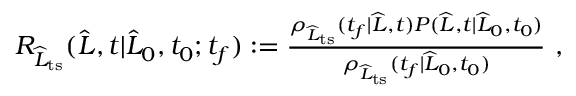
\begin{array} { r } { R _ { \widehat { L } _ { \mathrm { t s } } } ( \widehat { L } , t | \widehat { L } _ { 0 } , t _ { 0 } ; t _ { f } ) : = \frac { \rho _ { \widehat { L } _ { \mathrm { t s } } } ( t _ { f } | \widehat { L } , t ) P ( \widehat { L } , t | \widehat { L } _ { 0 } , t _ { 0 } ) } { \rho _ { \widehat { L } _ { \mathrm { t s } } } ( t _ { f } | \widehat { L } _ { 0 } , t _ { 0 } ) } \ , } \end{array}